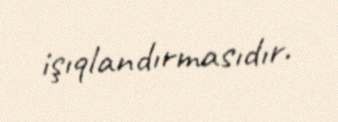
işıqlandırmasıdır.